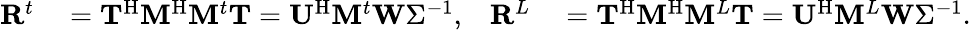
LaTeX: \begin{array}{rlrl}{\mathbf{R}^{t}}&{{}=\mathbf{T}^{\mathrm{H}}\mathbf{M}^{\mathrm{H}}\mathbf{M}^{t}\mathbf{T}=\mathbf{U}^{\mathrm{H}}\mathbf{M}^{t}\mathbf{W}\Sigma^{-1},}&{\mathbf{R}^{L}}&{{}=\mathbf{T}^{\mathrm{H}}\mathbf{M}^{\mathrm{H}}\mathbf{M}^{L}\mathbf{T}=\mathbf{U}^{\mathrm{H}}\mathbf{M}^{L}\mathbf{W}\Sigma^{-1}.}\end{array}